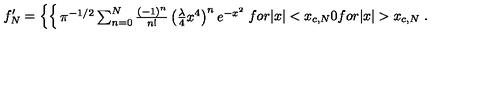
f _ { N } ^ { \prime } = \left\{ \begin{cases} { \pi ^ { - 1 / 2 } \sum _ { n = 0 } ^ { N } { \frac { \left( - 1 \right) ^ { n } } { n ! } } \left( { \frac { \lambda } { 4 } } x ^ { 4 } \right) ^ { n } e ^ { - x ^ { 2 } } } & { f o r | x | < x _ { c , N } } \\ { 0 } & { f o r | x | > x _ { c , N } } \\ \end{cases} \right. .